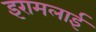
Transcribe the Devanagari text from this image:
इरामलाई